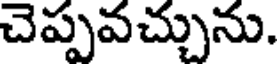
చెప్పవచ్చును.